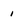
Character: i